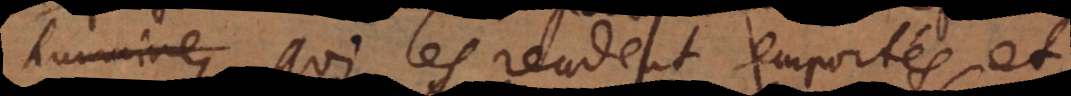
humaine, qui les rendent emporté